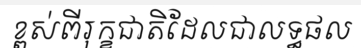
ខ្ពស់ពីរុក្ខជាតិដែលជាលទ្ធផល